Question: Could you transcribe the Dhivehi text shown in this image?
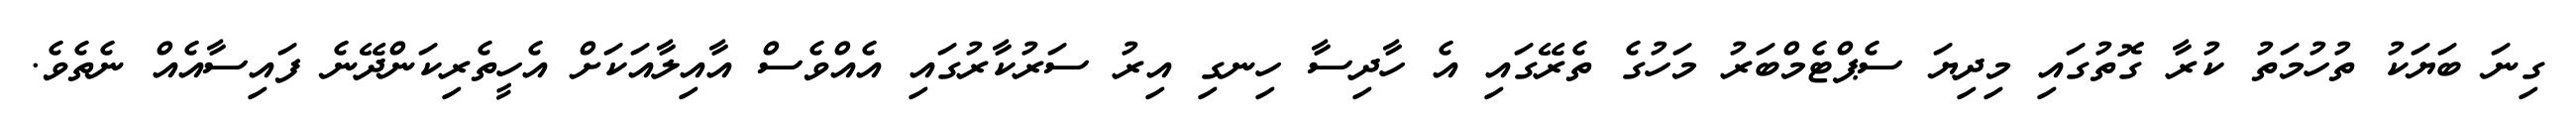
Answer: ގިނަ ބަޔަކު ތުހުމަތު ކުރާ ގޮތުގައި މިދިޔަ ސެޕްޓެމްބަރު މަހުގެ ތެރޭގައި އެ ހާދިސާ ހިނގި އިރު ސަރުކާރުގައި އެއްވެސް އާއިލާއަކަށް އެހީތެރިކަންދޭނެ ފައިސާއެއް ނެތެވެ.